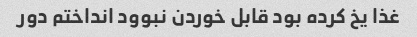
غذا یخ کرده بود قابل خوردن نبوود انداختم دور